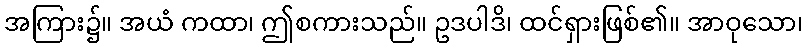
အကြား၌။ အယံ ကထာ၊ ဤစကားသည်။ ဥဒပါဒိ၊ ထင်ရှားဖြစ်၏။ အာဝုသော၊